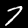
Label: 7